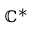
\mathbb { C } ^ { * }